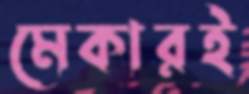
মেকারই